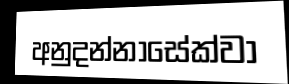
අනුදන්නාසේක්වා